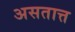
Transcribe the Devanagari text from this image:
असतात्त